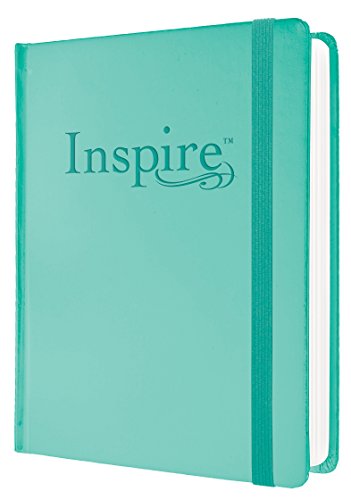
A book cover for Inspire Bible NLT: The Bible for Creative Journaling; Christian Books & Bibles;